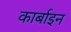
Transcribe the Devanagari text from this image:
कार्बाइन